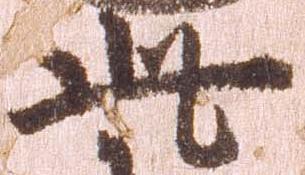
此